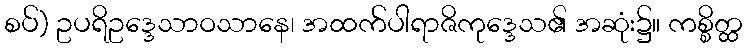
စပ်) ဥပရိဥဒ္ဒေသာဝသာနေ၊ အထက်ပါရာဇိကုဒ္ဒေသ၏ အဆုံး၌။ ကစ္စိတ္ထ